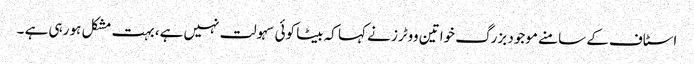
اسٹاف کے سامنے موجود بزرگ خواتین ووٹرز نے کہا کہ بیٹا کوئی سہولت نہیں ہے، بہت مشکل ہو رہی ہے ۔